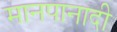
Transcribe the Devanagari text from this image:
मानपानादी